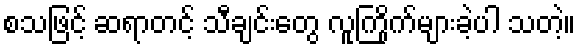
စသဖြင့် ဆရာတင့် သီချင်းတွေ လူကြိုက်များခဲ့ပါ သတဲ့။